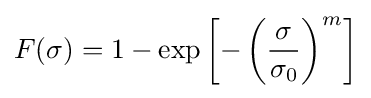
F(\sigma )=1-\exp \left[-\left({\frac {\sigma }{\sigma _{0}}}\right)^{m}\right]